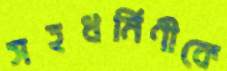
সহধর্মিণীকে